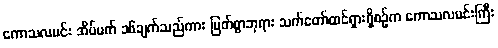
ကောသလမင်း အိပ်မက် ၁၆ချက်သည်ကား မြတ်စွာဘုရား သက်တော်ထင်ရှားရှိစဉ်က ကောသလမင်းကြီး